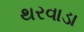
થરવાડા